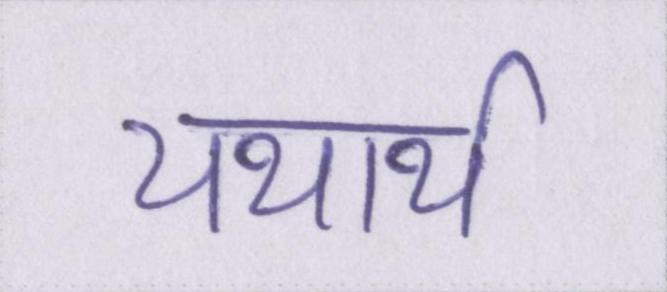
यथार्थ